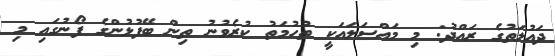
ދައުލަތުގެ ރައްދު: މި މައްސަލައަކީ ތުހުމަތު ކުރެވުނު ތިން ބޭފުޅުންގެ ފޯނުގައި މި